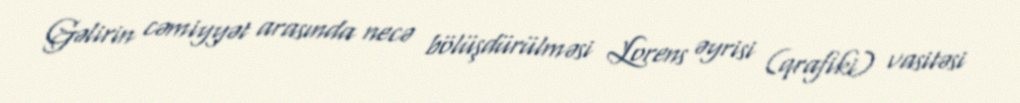
Gəlirin cəmiyyət arasında necə bölüşdürülməsi Lorens əyrisi (qrafiki) vasitəsi